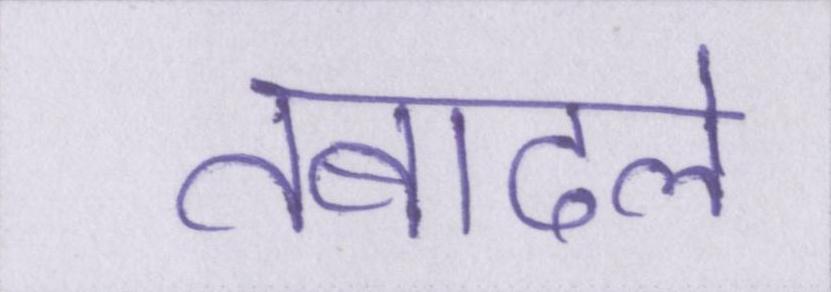
तबादले